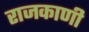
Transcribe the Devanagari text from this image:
राजकाणी